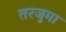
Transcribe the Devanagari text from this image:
तरजुमा